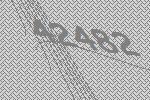
42482